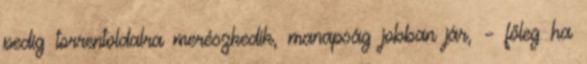
pedig torrentoldalra merészkedik, manapság jobban jár, – főleg ha